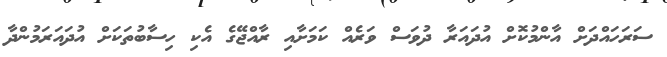
ސަރަހައްދަށް އާންމުކޮށް އުދައަރާ ދުވަސް ވަރެއް ކަމަށާއި ރާއްޖޭގެ އެކި ހިސާބުތަކަށް އުދައަރަމުންދާ